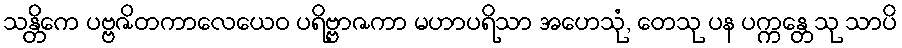
သန္တိကေ ပဗ္ဗဇိတကာလေယေဝ ပရိဗ္ဗာဇကာ မဟာပရိသာ အဟေသုံ, တေသု ပန ပက္ကန္တေသု သာပိ